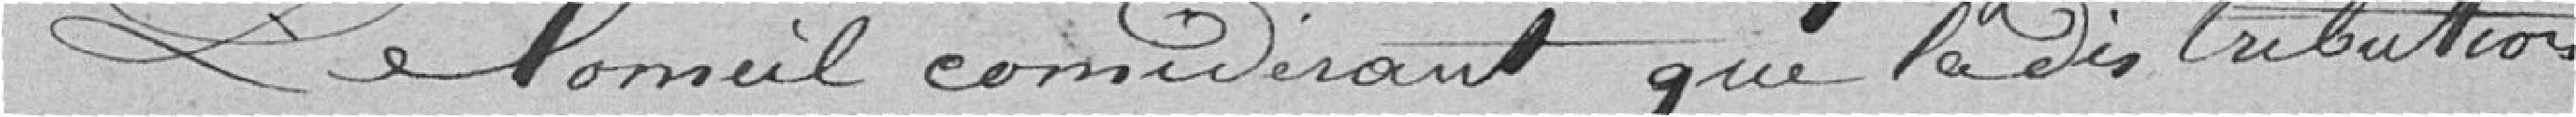
Le Conseil considérant que la distribution